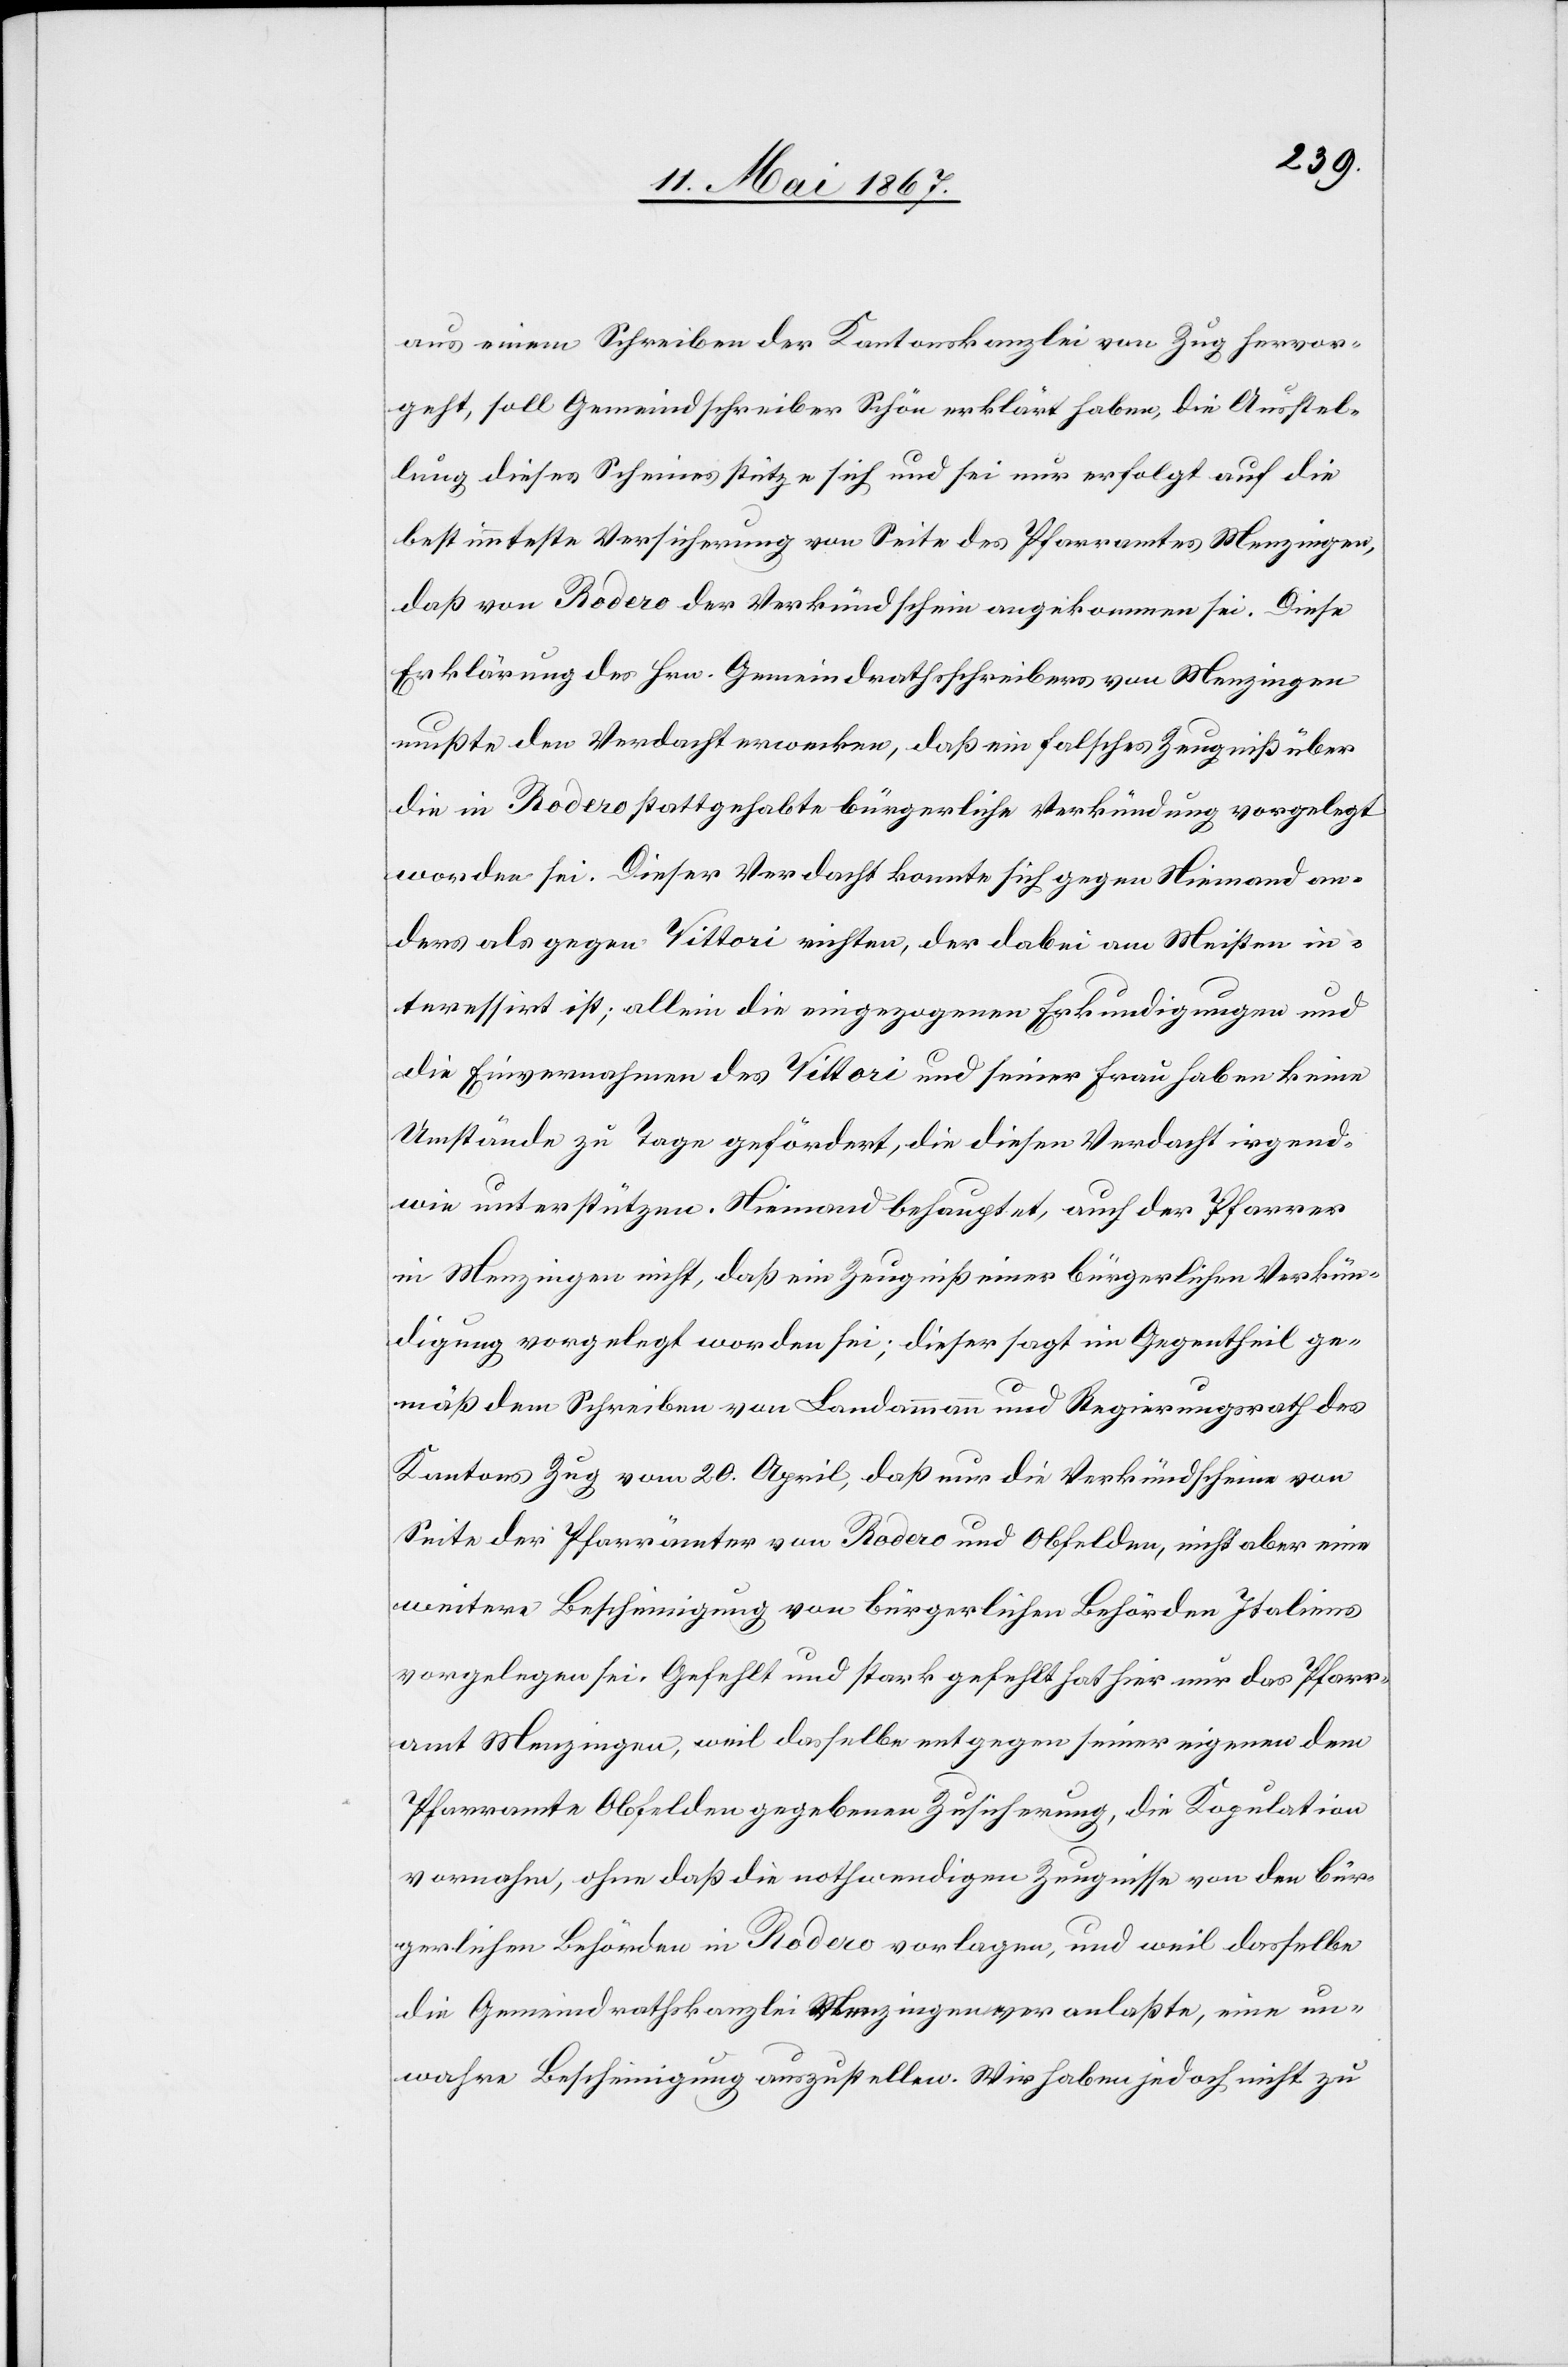
aus einem Schreiben der Kantonskanzlei von Zug hervor¬
geht, soll Gemeindschreiber Schön erklärt haben, die Ausstel¬
lung dieses Scheins stütze sich und sei nur erfolgt auf die
bestimmteste Versicherung von Seite des Pfarramtes Menzingen,
daß von Rodero der Verkündschein angekommen sei. Diese
Erklärung des Hrn. Gemeindrathsschreibers von Menzingen
mußte der Verdacht erwecken, daß ein falsches Zeugniß über
die in Rodero stattgehabte bürgerliche Verkündung vorgelegt
worden sei. Dieser Verdacht konnte sich gegen Niemand an¬
ders als gegen Vittori richten, der dabei am Meisten in¬
teressirt ist; allein die eingezogenen Erkundigungen und
die Einvernahmen des Vittori und seiner Frau haben keine
Umstände zu Tage gefördert, die diesen Verdacht irgend¬
wie unterstützen. Niemand behauptet, auch der Pfarrer
in Menzingen nicht, daß ein Zeugniß einer bürgerlichen Verkün¬
digung vorgelegt worden sei; dieser sagt im Gegentheil ge¬
mäß dem Schreiben von Landammann und Regierungsrath des
Kantons Zug vom 20. April, daß nur die Verkündscheine von
Seite der Pfarrämter von Rodero und Obfelden, nicht aber eine
weitere Bescheinigung von bürgerlichen Behörden Italiens
vorgelegt sei. Gefehlt und stark gefehlt hat hier nur das Pfarr¬
amt Menzingen, weil dasselbe entgegen seiner eigenen dem
Pfarramte Obfelden gegebenen Zusicherung, die Kopulation
vornahm, ohne daß die nothwendigen Zeugnisse von den bür¬
gerlichen Behörden in Rodero vorlagen, und weil dasselbe
die Gemeindrathskanzlei Menzingen veranlaßte, eine un¬
wahre Bescheinigung auszustellen. Wir haben jedoch nicht zu